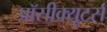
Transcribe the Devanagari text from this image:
प्रॉसीक्यूटर्स